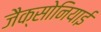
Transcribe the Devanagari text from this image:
जैक्सोनियाई